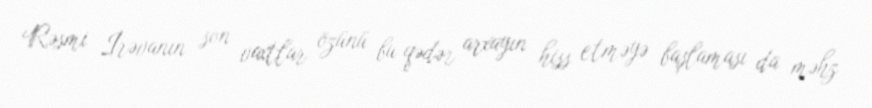
Rəsmi İrəvanın son vaxtlar özünü bu qədər arxayın hiss etməyə başlaması da məhz